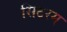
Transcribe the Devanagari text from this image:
सिटरम